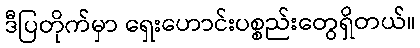
ဒီပြတိုက်မှာ ရှေးဟောင်းပစ္စည်းတွေရှိတယ်။